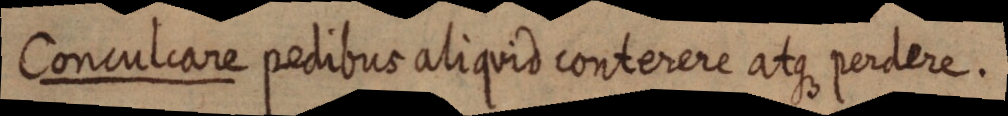
Conculcare pedibus aliquid conterere atque perdere.